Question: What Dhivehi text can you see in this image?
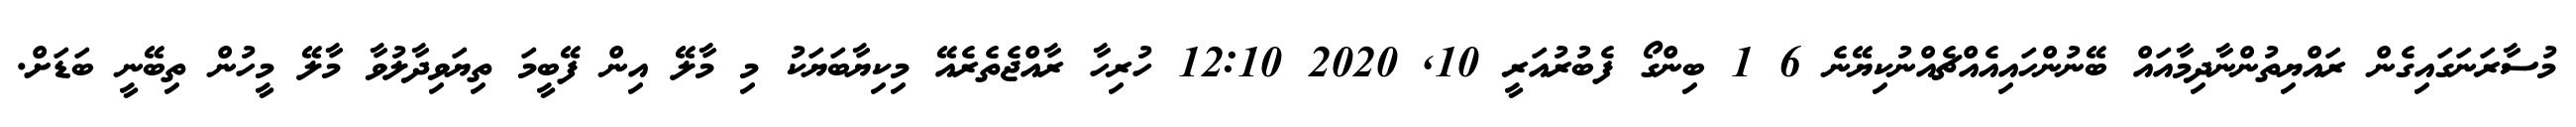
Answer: މުސާރަނަގައިގެން ރައްޔިތުންނާދިމާއައް ބޭނުންހައިއެއްޗެއްނުކިޔޭނެ 6 1 ބިންގޯ ފެބުރުއަރީ 10, 2020 12:10 ހުރިހާ ރާއްޖެތެރެއޭ މިކިޔާބަޔަކު މި މާލޭ އިން ފޭބީމަ ތިޔަވިދާލުވާ މާލޭ މީހުން ތިބޭނީ ބަޑަށް.